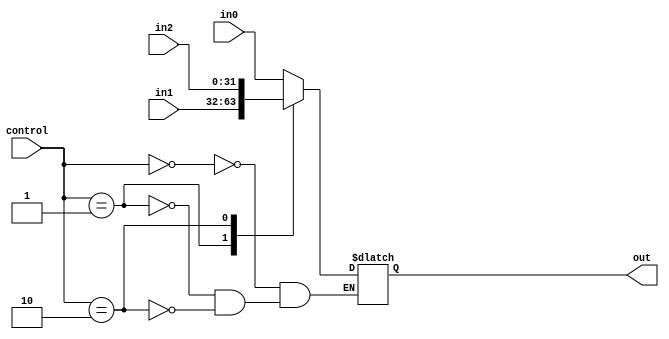
`timescale 1ns / 1ps
//////////////////////////////////////////////////////////////////////////////////
// Company: 
// Engineer: 
// 
// Design Name: 
// Module Name:    Mux3to1 
// Project Name: 
// Target Devices: 
// Tool versions: 
// Description: 
//
// Dependencies: 
//
// Revision: 
// Revision 0.01 - File Created
// Additional Comments: 
//
//////////////////////////////////////////////////////////////////////////////////
module Mux3to1(control,in0,in1,in2,out);
	 parameter EM = 31;
	 input [1:0] control;
     input [EM:0] in0;
     input [EM:0] in1;
	 input [EM:0] in2;
    output reg [EM:0] out;
always@(*)
begin
    case(control)
	 2'b00: out = in0;
	 2'b01: out = in1;
	 2'b10: out = in2;
	endcase
end
endmodule